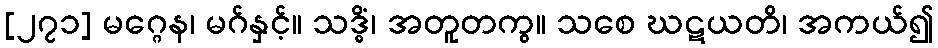
[၂၇၁] မဂ္ဂေန၊ မဂ်နှင့်။ သဒ္ဓိံ၊ အတူတကွ။ သစေ ဃဋယတိ၊ အကယ်၍